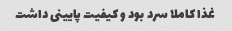
غذا کاملا سرد بود و کیفیت پایینی داشت